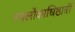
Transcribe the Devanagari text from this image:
स्वर्लोकाधिष्ठात्रीं